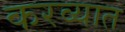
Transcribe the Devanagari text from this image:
करव्यात